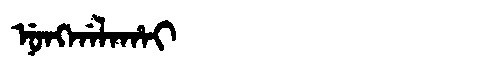
Manchu: ᠨᡠᠩᡤᠠᠯᠠᡥᠠᡳ
Romanization: NUNGGALAHAI